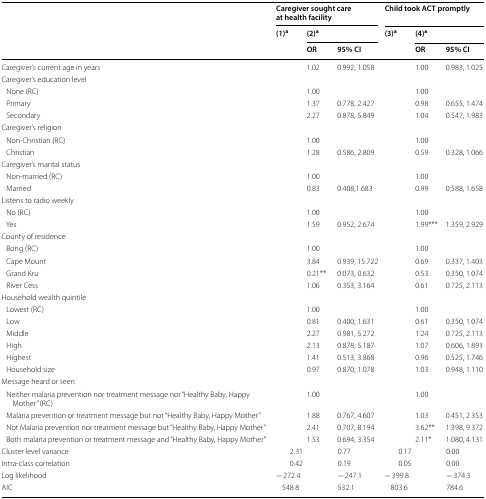
<table><thead><tr><td rowspan="3"></td><td colspan="3"><b>Caregiver sought care at health facility</b></td><td colspan="3"><b>Child took ACT promptly</b></td></tr><tr><td><b>(1)<sup>a</sup></b></td><td colspan="2"><b>(2)<sup>a</sup></b></td><td><b>(3)<sup>a</sup></b></td><td colspan="2"><b>(4)<sup>a</sup></b></td></tr><tr><td></td><td><b>OR</b></td><td><b>95% CI</b></td><td></td><td><b>OR</b></td><td><b>95% CI</b></td></tr></thead><tbody><tr><td>Caregiver’s current age in years</td><td></td><td>1.02</td><td>0.992, 1.058</td><td></td><td>1.00</td><td>0.983, 1.025</td></tr><tr><td colspan="7">Caregiver’s education level</td></tr><tr><td> None (RC)</td><td></td><td>1.00</td><td></td><td></td><td>1.00</td><td></td></tr><tr><td> Primary</td><td></td><td>1.37</td><td>0.778, 2.427</td><td></td><td>0.98</td><td>0.655, 1.474</td></tr><tr><td> Secondary</td><td></td><td>2.27</td><td>0.878, 5.849</td><td></td><td>1.04</td><td>0.547, 1.983</td></tr><tr><td colspan="7">Caregiver’s religion</td></tr><tr><td> Non-Christian (RC)</td><td></td><td>1.00</td><td></td><td></td><td>1.00</td><td></td></tr><tr><td> Christian</td><td></td><td>1.28</td><td>0.586, 2.809</td><td></td><td>0.59</td><td>0.328, 1.066</td></tr><tr><td colspan="7">Caregiver’s marital status</td></tr><tr><td> Non-married (RC)</td><td></td><td>1.00</td><td></td><td></td><td>1.00</td><td></td></tr><tr><td> Married</td><td></td><td>0.83</td><td>0.408,1.683</td><td></td><td>0.99</td><td>0.588, 1.658</td></tr><tr><td colspan="7">Listens to radio weekly</td></tr><tr><td> No (RC)</td><td></td><td>1.00</td><td></td><td></td><td>1.00</td><td></td></tr><tr><td> Yes</td><td></td><td>1.59</td><td>0.952, 2.674</td><td></td><td>1.99***</td><td>1.359, 2.929</td></tr><tr><td colspan="7">County of residence</td></tr><tr><td> Bong (RC)</td><td></td><td>1.00</td><td></td><td></td><td>1.00</td><td></td></tr><tr><td> Cape Mount</td><td></td><td>3.84</td><td>0.939, 15.722</td><td></td><td>0.69</td><td>0.337, 1.403</td></tr><tr><td> Grand Kru</td><td></td><td>0.21**</td><td>0.073, 0.632</td><td></td><td>0.53</td><td>0.350, 1.074</td></tr><tr><td> River Cess</td><td></td><td>1.06</td><td>0.353, 3.164</td><td></td><td>0.61</td><td>0.725, 2.113</td></tr><tr><td colspan="7">Household wealth quintile</td></tr><tr><td> Lowest (RC)</td><td></td><td>1.00</td><td></td><td></td><td>1.00</td><td></td></tr><tr><td> Low</td><td></td><td>0.81</td><td>0.400, 1.631</td><td></td><td>0.61</td><td>0.350, 1.074</td></tr><tr><td> Middle</td><td></td><td>2.27</td><td>0.981, 5.272</td><td></td><td>1.24</td><td>0.725, 2.113</td></tr><tr><td> High</td><td></td><td>2.13</td><td>0.878, 5.187</td><td></td><td>1.07</td><td>0.606, 1.893</td></tr><tr><td> Highest</td><td></td><td>1.41</td><td>0.513, 3.868</td><td></td><td>0.96</td><td>0.525, 1.746</td></tr><tr><td> Household size</td><td></td><td>0.97</td><td>0.870, 1.078</td><td></td><td>1.03</td><td>0.948, 1.110</td></tr><tr><td colspan="7">Message heard or seen</td></tr><tr><td> Neither malaria prevention nor treatment message nor “Healthy Baby, Happy Mother” (RC)</td><td></td><td>1.00</td><td></td><td></td><td>1.00</td><td></td></tr><tr><td> Malaria prevention or treatment message but not “Healthy Baby, Happy Mother”</td><td></td><td>1.88</td><td>0.767, 4.607</td><td></td><td>1.03</td><td>0.451, 2.353</td></tr><tr><td> Not Malaria prevention nor treatment message but “Healthy Baby, Happy Mother”</td><td></td><td>2.41</td><td>0.707, 8.194</td><td></td><td>3.62**</td><td>1.398, 9.372</td></tr><tr><td> Both malaria prevention or treatment message and “Healthy Baby, Happy Mother”</td><td></td><td>1.53</td><td>0.694, 3.354</td><td></td><td>2.11*</td><td>1.080, 4.131</td></tr><tr><td>Cluster level variance</td><td>2.31</td><td colspan="2">0.77</td><td>0.17</td><td colspan="2">0.00</td></tr><tr><td>Intra-class correlation</td><td>0.42</td><td colspan="2">0.19</td><td>0.05</td><td colspan="2">0.00</td></tr><tr><td>Log likelihood</td><td>− 272.4</td><td colspan="2">− 247.1</td><td>− 399.8</td><td colspan="2">− 374.3</td></tr><tr><td>AIC</td><td>548.8</td><td colspan="2">532.1</td><td>803.6</td><td colspan="2">784.6</td></tr></tbody></table>